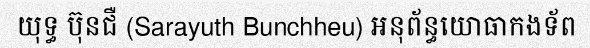
យុទ្ធ ប៊ុនជឺ (Sarayuth Bunchheu) អនុព័ន្ធយោធាកងទ័ព